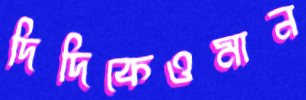
দিদিকেওমান